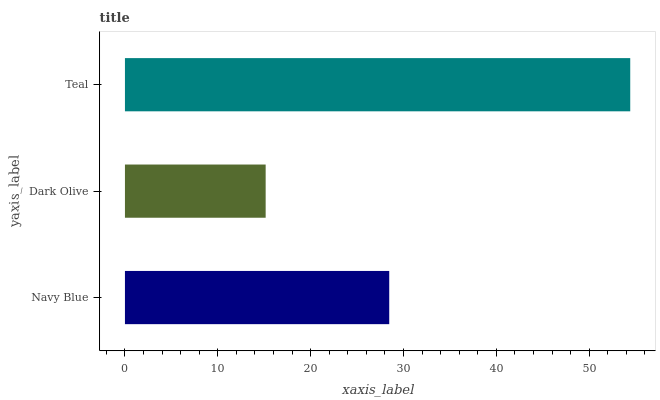
| yaxis_label | bars |
 | --- | --- |
 | Navy Blue | 28.5 |
 | Dark Olive | 15.2 |
 | Teal | 54.4 |